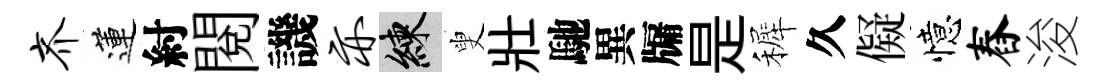
齐蓮紂閲譏亦練叟壯馳異牖是裤久儗憶舂浚